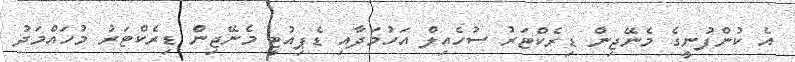
އެ ކުންފުނީގެ މެނޭޖިން ޑިރެކްޓަރު ސުހެއިލް އަހުމަދާއި ޑެޕިއުޓީ މެނޭޖިން ޑިރެކްޓަރު މުހައްމަދު